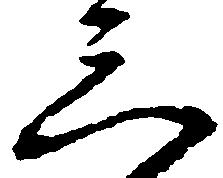
三